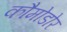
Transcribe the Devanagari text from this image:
कौमोडोर